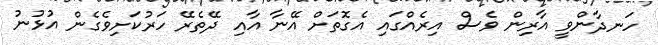
ހަނދާންވީ އާރިން ވެސް އިރެއްގައި އެގޮތަށް އޭނާ އާއި ދޭތެރޭ ހަރުކަށިވެގެން އުޅުނު